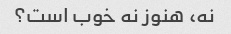
نه، هنوز نه خوب است؟